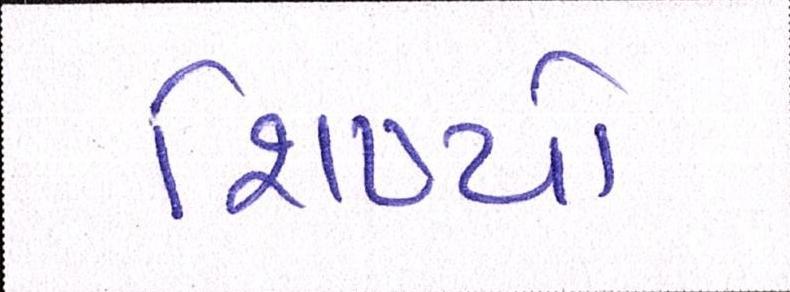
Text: શિષ્યો